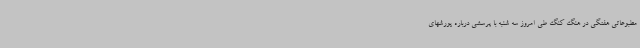
مطبوعاتی هفتگی در هنگ کنگ طی امروز سه شنبه با پرسشی درباره یورشهای